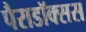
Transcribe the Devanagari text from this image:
पैराडॉक्सस